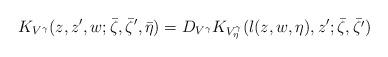
LaTeX: \begin{align*}K_{V^{\gamma}}(z,z^{\prime},w;\bar \zeta,\bar \zeta^{\prime},\bar \eta)=D_{V^{\gamma}}K_{V^{\gamma}_{\eta}}(l(z,w,\eta),z^{\prime};\bar\zeta,\bar{\zeta^{\prime}})\end{align*}